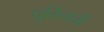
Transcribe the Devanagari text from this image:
पुतिननी